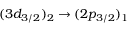
( 3 d _ { 3 / 2 } ) _ { 2 } \rightarrow ( 2 p _ { 3 / 2 } ) _ { 1 }